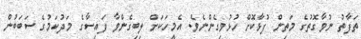
ތަފާތު ނުވާގޮތުގެ މަތިން ފުޅާކޮށް ހުޅުވިގެންނެވެ. އެމީހަކަށް ލިބިގެންވާ ފައިސާގެ މަދުކަމުގެ ސަބަބުން